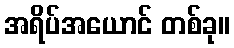
အရိပ်အယောင် တစ်ခု။